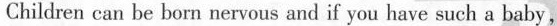
Children can be born nervous and if you have such a baby,